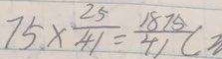
7 5 \times \frac { 2 5 } { 4 1 } = \frac { 1 8 7 5 } { 4 1 } (